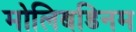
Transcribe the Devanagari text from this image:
मोलिबडिनम